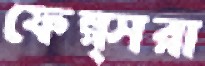
ফেল্প্সরা